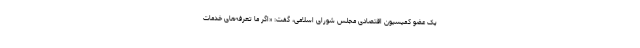
یک عضو کمیسیون اقتصادی مجلس شورای اسلامی، گفت: «اگر ما تعرفه‌های خدمات